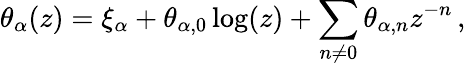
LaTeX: \theta_{\alpha}(z)=\xi_{\alpha}+\theta_{\alpha,0}\log(z)+\sum_{n\neq 0}\theta_{\alpha,n}z^{-n}\, ,